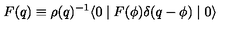
F ( q ) \equiv \rho ( q ) ^ { - 1 } \langle 0 \mid F ( \phi ) \delta ( q - \phi ) \mid 0 \rangle